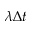
\lambda \Delta t